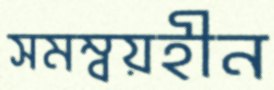
সমম্বয়হীন